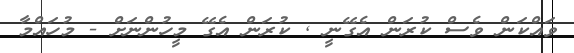
ވައްކަން ވެސް ކުރަން އެގޭނީ